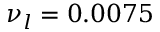
{ \nu _ { l } } = 0 . 0 0 7 5